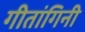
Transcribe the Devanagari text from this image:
गीतांगिनी